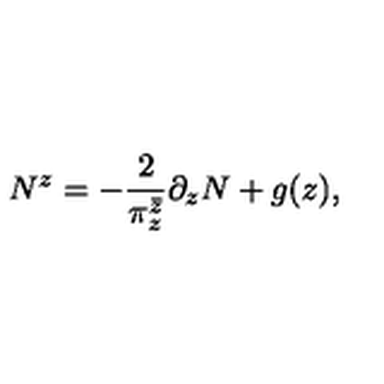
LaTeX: N ^ { z } = - \frac { 2 } { \pi _ { z } ^ { \bar { z } } } \partial _ { z } N + g ( z ) ,